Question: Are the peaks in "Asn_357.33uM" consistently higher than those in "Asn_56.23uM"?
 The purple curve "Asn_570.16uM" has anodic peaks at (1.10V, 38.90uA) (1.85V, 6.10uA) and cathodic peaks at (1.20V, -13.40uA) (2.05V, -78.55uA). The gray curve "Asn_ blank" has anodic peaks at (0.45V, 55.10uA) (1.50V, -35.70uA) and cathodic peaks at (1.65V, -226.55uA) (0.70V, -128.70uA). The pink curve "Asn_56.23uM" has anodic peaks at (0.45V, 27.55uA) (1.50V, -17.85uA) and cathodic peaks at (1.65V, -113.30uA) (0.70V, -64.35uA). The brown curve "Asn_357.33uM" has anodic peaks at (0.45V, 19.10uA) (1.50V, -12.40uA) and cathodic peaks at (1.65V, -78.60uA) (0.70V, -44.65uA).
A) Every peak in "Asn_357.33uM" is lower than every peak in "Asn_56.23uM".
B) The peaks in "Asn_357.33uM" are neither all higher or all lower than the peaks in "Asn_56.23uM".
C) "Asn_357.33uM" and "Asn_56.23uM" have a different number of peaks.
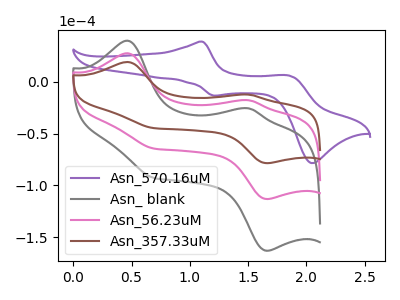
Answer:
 <answer>B) The peaks in "Asn_357.33uM" are neither all higher or all lower than the peaks in "Asn_56.23uM".</answer>
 <eval>B</eval>